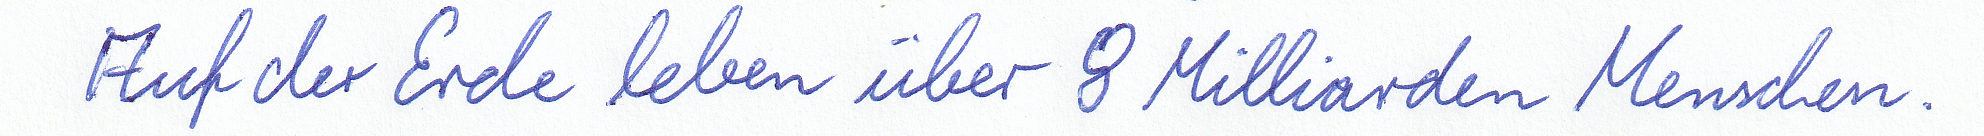
Auf der Erde leben über 8 Milliarden Menschen.